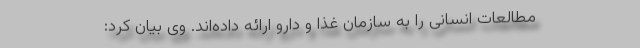
مطالعات انسانی را به سازمان غذا و دارو ارائه داده‌اند. وی بیان کرد: